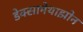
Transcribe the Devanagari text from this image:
डेक्सामेथाझोन